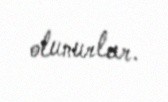
olunurlar.